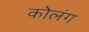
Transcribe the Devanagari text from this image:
कोलंग